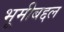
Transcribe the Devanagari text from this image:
भूमीबद्दल